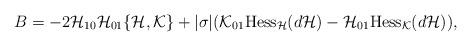
LaTeX: \begin{align*}B=-2{\cal H}_{10}{\cal H}_{01}\{{\cal H},{\cal K}\}+|\sigma|({\cal K}_{01}{\mbox{Hess}}_{\cal H}(d{\cal H}) -{\cal H}_{01}{\mbox{Hess}}_{\cal K}(d{\cal H})),\end{align*}